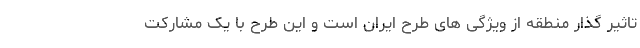
تاثیر گذار منطقه از ویژگی های طرح ایران است و این طرح با یک مشارکت